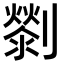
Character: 𠠓